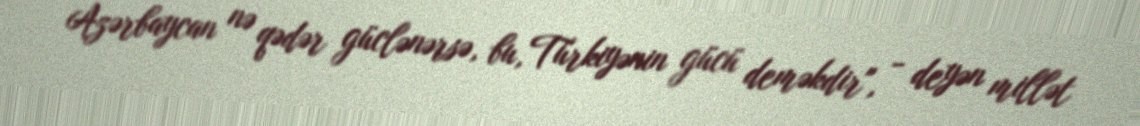
Azərbaycan nə qədər güclənərsə, bu, Türkiyənin gücü deməkdir", - deyən millət